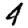
Digit: 4